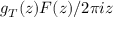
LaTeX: g _ { T } ( z ) F ( z ) / 2 \pi i z